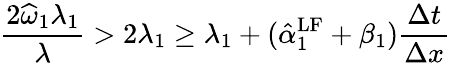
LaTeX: \frac{2\widehat{\omega}_{1}\lambda_{1}}{\lambda}>2\lambda_{1}\geq\lambda_{1}+(\hat{\alpha}_{1}^{\mathrm{{LF}}}+\beta_{1})\frac{\Delta t}{\Delta x}